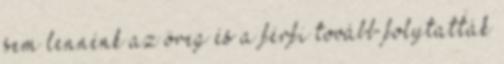
sem lennénk az öreg és a férfi tovább folytatták